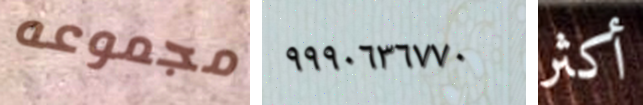
مجموعه ٩٩٩٠٦٣٦٧٧٠ أكثر